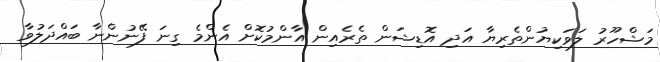
މަޝްހޫރު ލަވަކިޔުންތެރިޔާ އަދި އޮޑިޝަން ތެރެއިން އާންމުކޮށް އެންމެ ގިނަ ފޭނުންނާ ބައްދަލުވާ